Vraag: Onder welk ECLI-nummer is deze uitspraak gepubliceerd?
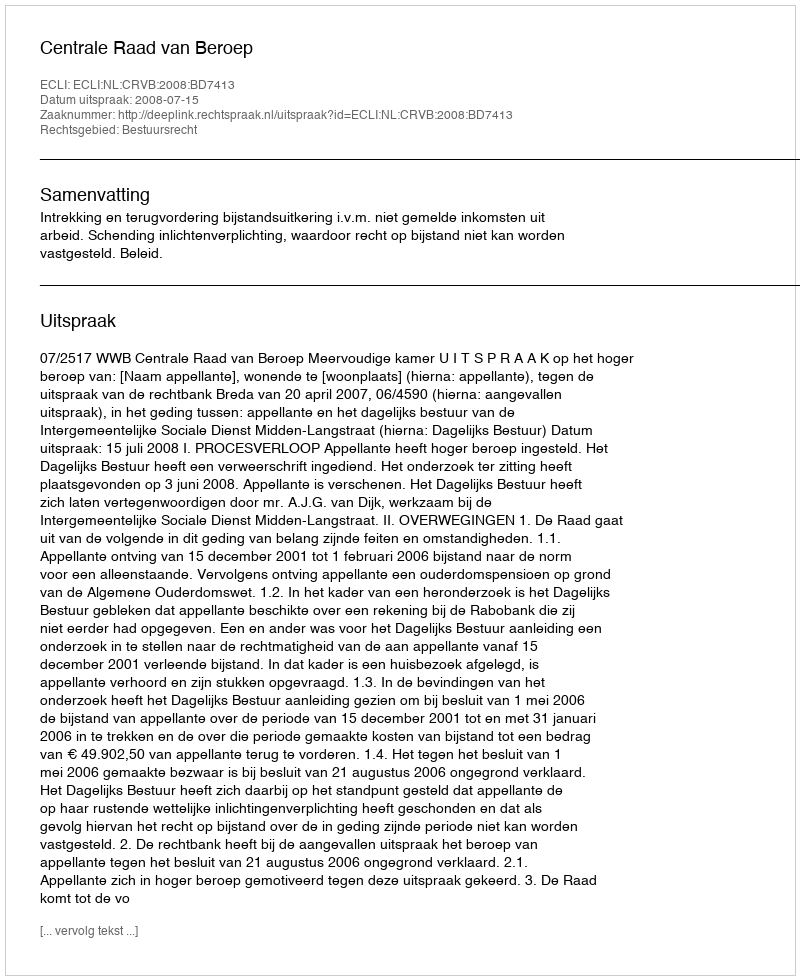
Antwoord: ECLI:NL:CRVB:2008:BD7413